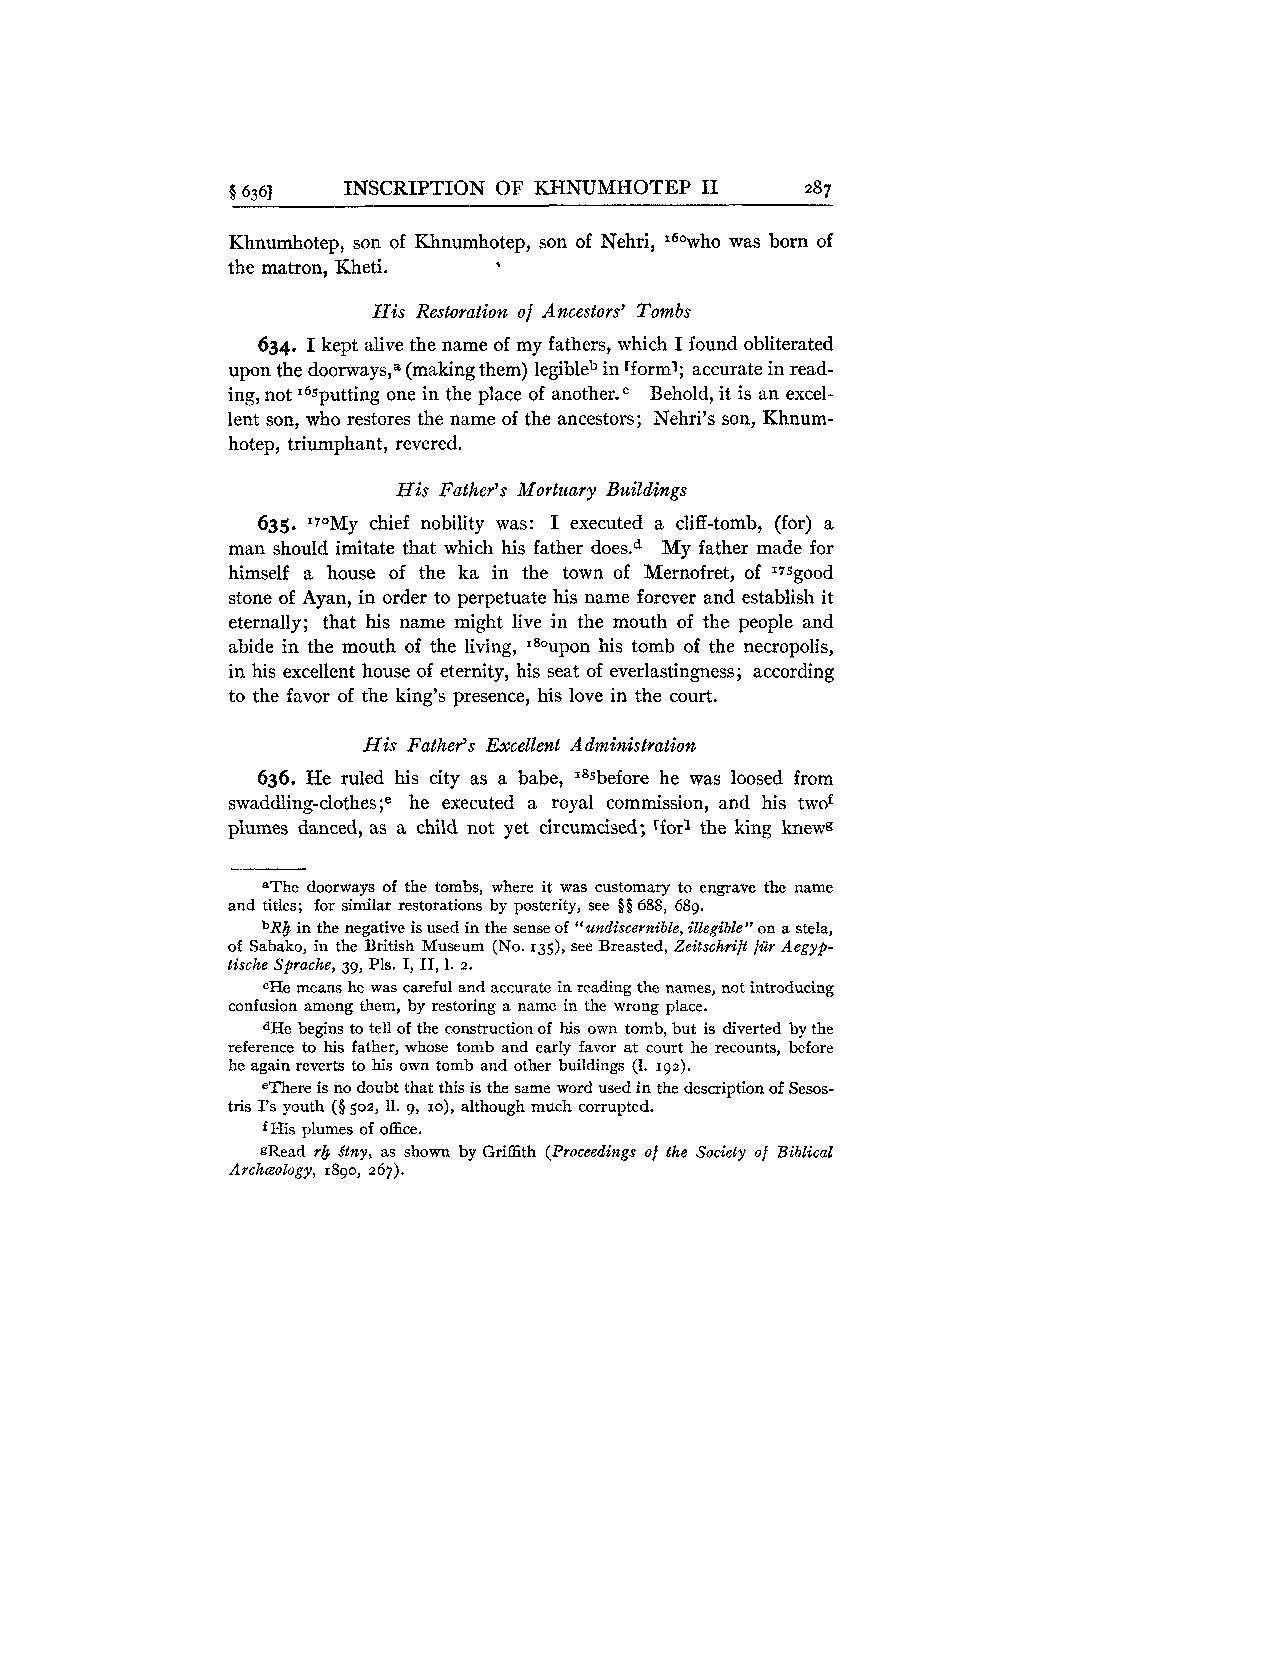
$6361   INSCRIPTION OF KHNUMHOTEP I1  287
 Khnumhotep, son of Khnumhotep, son of Nehri, 160who was born of
 the matron, Kheti.
 His Restoration of Ancestors' Tombs
 634. I kept alive the name of my fathers, which I found obliterated
 upon the doorways,a (making them) legibleb in rforml; accurate in read-
 ing, not 165putting one in the place of an~ther.~B ehold, it is an excel-
 lent son, who restores the name of the ancestors; Nehri's son, Khnum-
 hotep, triumphant, revered.
 His Father's Mortuary Buildings
 635. Iy0My chief nobility was: I executed a cliff-tomb, (for) a
 man should imitate that which his father does.d My father made for
 himself a house of the ka in the town of Mernofret, of I75good
 stone of Ayan, in order to perpetuate his name forever and establish it
 eternally; that his name might live in the mouth of the people and
 upon
 abide in the mouth of the living, his tomb of the necropolis,
 in his excellent house of eternity, his seat of everlastingness; according
 to the favor of the king's presence, his love in the court.
 His Father's Excellent Administration
 636. He ruled his city as a babe, Is5before he was loosed from
 swaddling- clothe^;^ he executed a royal commission, and his twof
 plumes danced, as a child not yet circumcised; [for1 the king knewg
 aThe doorways of the tombs, where it was customary to engrave the name
 and titles; for similar restorations by posterity, see 688, 689.
 bR& in the negative is used in the sense of "undiscernible, illegible" on a stela,
 of Sabako, in the British Museum (No. I&, see Breasted, Zeitschrift fiir Aegyp-
 tische Sprache, 39, Pls. I, 11, 1. 2.
 CHe means he was careful and accurate in reading the names, not introducing
 confusion among them, by restoring a name in the wrong place.
 dHe begins to tell of the construction of his own tomb, but is diverted by the
 reference to his father, whose tomb and early favor at court he recounts, before
 he again reverts to his own tomb and other buildings (1. 192).
 eThere is no doubt that this is the same word used in the description of Sesos-
 tris 1's youth ($502, 11. 9, IO), although much corrupted.
 His plumes of office.
 f
 gRead r& Stny, as shown by Griffith (Proceedings of the Society of Biblical
 Archreology, 1890, 267).